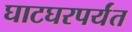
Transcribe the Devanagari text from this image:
घाटघरपर्यंत